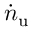
\dot { n } _ { \mathrm { u } }